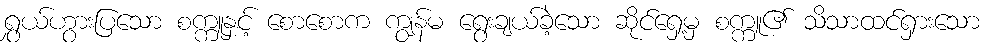
ရွှယ်ဟွားပြသော စက္ကူနှင့် စောစောက ကျွန်မ ရွေးချယ်ခဲ့သော ဆိုင်ရှေ့မှ စက္ကူ၏ သိသာထင်ရှားသော